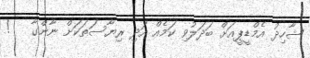
ޝާހިދު އެމްޑީޕީއަށް ބަދަލުވި ކަމެއް އަދި ރިޔާސަތަކަށް ނާންގާ   !